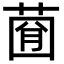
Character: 𦴠